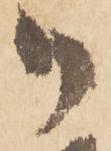
御